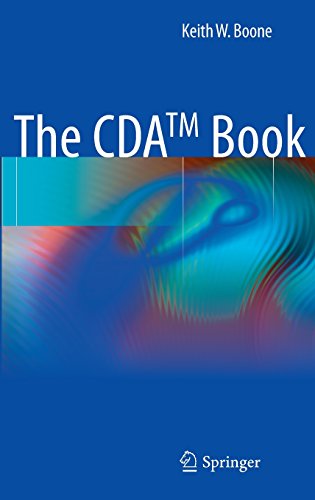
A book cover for The CDA TM book; Keith W. Boone; Medical Books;